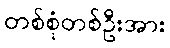
တစ်စုံတစ်ဦးအား